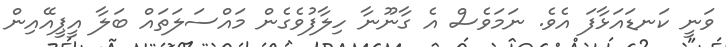
ވަނީ ކަނޑައަޅާފަ އެވެ. ނަމަވެސް އެ ގާނޫނާ ހިލާފުވެގެން މައްސަލަތައް ބަލާ އީޕީއޭއިން